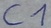
Text: C1